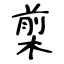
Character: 㮍